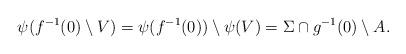
LaTeX: \begin{align*}\psi(f^{-1}(0)\setminus V)=\psi(f^{-1}(0))\setminus \psi(V)=\Sigma\cap g^{-1}(0)\setminus A. \end{align*}